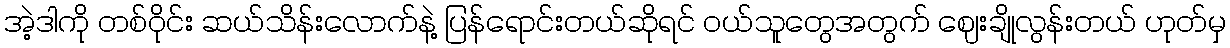
အဲ့ဒါကို တစ်ဝိုင်း ဆယ်သိန်းလောက်နဲ့ ပြန်ရောင်းတယ်ဆိုရင် ဝယ်သူတွေအတွက် ဈေးချိုလွန်းတယ် ဟုတ်မှ